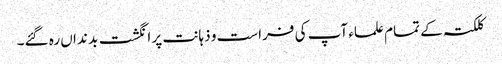
کلکتہ کے تمام علماء آپ کی فراست و ذہانت پر انگشت بد نداں رہ گئے۔